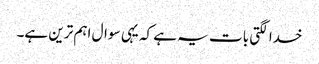
خدا لگتی بات یہ ہے کہ یہی سوال اہم ترین ہے۔